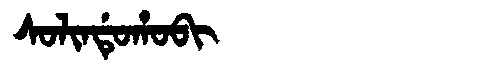
Manchu: ᠰᠣᠯᡳᠨᡩᡠᡥᠣᠪᡳ
Romanization: SOLINDUHOBI